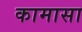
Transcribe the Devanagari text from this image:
कामासा